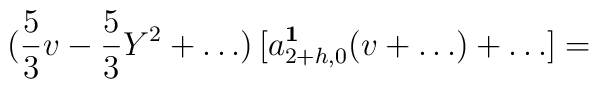
(\frac{5}{3}v  -\frac{5}{3} Y^2+ \ldots )\, [a^{\bf 1}_{2+h,0}(v+\ldots) +  \ldots] =